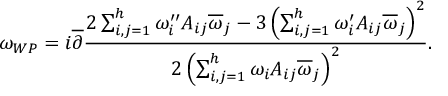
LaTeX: \omega _ { W P } = i \overline { { \partial } } { \frac { 2 \sum _ { i , j = 1 } ^ { h } \omega _ { i } ^ { \prime \prime } A _ { i j } \overline { { \omega } } _ { j } - 3 \left( \sum _ { i , j = 1 } ^ { h } \omega _ { i } ^ { \prime } A _ { i j } \overline { { \omega } } _ { j } \right) ^ { 2 } } { 2 \left( \sum _ { i , j = 1 } ^ { h } \omega _ { i } A _ { i j } \overline { { \omega } } _ { j } \right) ^ { 2 } } } .